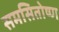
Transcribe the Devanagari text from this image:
समसितोष्ण